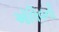
ઑલિવની